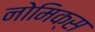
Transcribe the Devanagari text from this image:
नोमिक्स